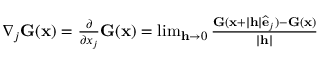
\begin{array} { r } { \nabla _ { j } { \mathbf { G } } ( \mathbf { x } ) = \frac { \partial } { \partial x _ { j } } { \mathbf { G } } ( \mathbf { x } ) = \operatorname* { l i m } _ { \mathbf { h } \rightarrow 0 } \frac { { \mathbf { G } } ( \mathbf { x } + | \mathbf { h } | { \widehat { \mathbf { e } } } _ { j } ) - { \mathbf { G } } ( \mathbf { x } ) } { | \mathbf { h } | } } \end{array}